Report of the Indian Hemp Drugs Commission, 1894-1895 - Volume IV
Year: 1894
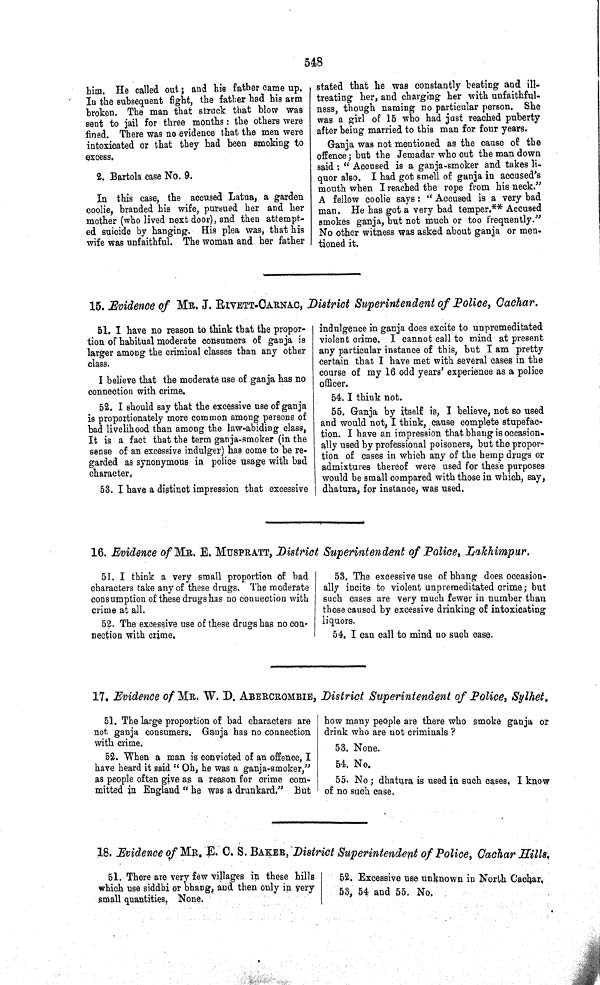
548
him. He called out; and his father came up.
In the subsequent fight, the father had his arm
broken. The man that struck that blow was
sent to jail for three months: the others were
fined. There was no evidence that the men were
intoxicated or that they had been smoking to
excess.
2. Bartola case No. 9.
In this case, the accused Latua, a garden
coolie, branded his wife, pursued her and her
mother (who lived next door), and then attempt-
ed suicide by hanging. His plea was, that his
wife was unfaithful. The woman and her father
stated that he was constantly beating and ill-
treating her, and charging her with unfaithful-
ness, though naming no particular person. She
was a girl of 15 who had just reached puberty
after being married to this man for four years.
Ganja was not mentioned as the cause of the
offence; but the Jemadar who cut the man down
said: "Accused is a ganja-smoker and takes li-
quor also. I had got smell of ganja in accused's
mouth when I reached the rope from his neck."
A fellow coolie says: "Accused is a very bad
man. He has got a very bad temper.** Accused
smokes ganja, but not much or too frequently."
No other witness was asked about ganja or men-
tioned it.
15. Evidence of MR. J. RIVETT-OARNAO, District Superintendent of Police, Cachar.
51. I have no reason to think that the propor-
tion of habitual moderate consumers of ganja is
larger among the criminal classes than any other
class.
I believe that the moderate use of ganja has no
connection with crime.
52. I should say that the excessive use of ganja
is proportionately more common among persons of
bad livelihood than among the law-abiding class,
It is a fact that the term ganja-smoker (in the
sense of an excessive indulger) has come to be re-
garded as synonymous in police usage with bad
character.
53. I have a distinct impression that excessive
indulgence in ganja does excite to unpremeditated
violent crime. I cannot call to mind at present
any particular instance of this, but I am pretty
certain that I have met with several cases in the
course of my 16 odd years' experience as a police
officer.
54. I think not.
55. Ganja by itself is, I believe, not so used
and would not, I think, cause complete stupefac-
tion. I have an impression that bhang is occasion-
ally used by professional poisoners, but the propor-
tion of cases in which any of the hemp drugs or
admixtures thereof were used for these purposes
would be small compared with those in which, say,
dhatura, for instance, was used.
16. Evidence of MR. E. MUSPRATT, District Superintendent of Police, Lakhimpur.
51. I think a very small proportion of bad
characters take any of these drugs. The moderate
consumption of these drugs has no connection with
crime at all.
52. The excessive use of these drugs has no con-
nection with crime.
53. The excessive use of bhang does occasion-
ally incite to violent unpremeditated crime; but
such cases are very much fewer in number than
those caused by excessive drinking of intoxicating
liquors.
54. I can call to mind no such case.
17. Evidence of MR. W. D. ABERCROMBIE, District Superintendent of Police, Sylhet.
51. The large proportion of bad characters are
not ganja consumers. Ganja has no connection
with crime.
52. When a man is convicted of an offence, I
have heard it said "Oh, he was a ganja-smoker,"
as people often give as a reason for crime com-
mitted in England "he was a drunkard." But
how many people are there who smoke ganja or
drink who are not criminals ?
53. None.
54. No.
55. No; dhatura is used in such cases. I know
of no such case.
18. Evidence of MR. E. C. S. BAKER, District Superintendent of Police, Cachar Hills.
51. There are very few villages in these hills
which use siddhi or bhang, and then only in very
small quantities, None.
52. Excessive use unknown in North Cachar,
53, 54 and 55. No.